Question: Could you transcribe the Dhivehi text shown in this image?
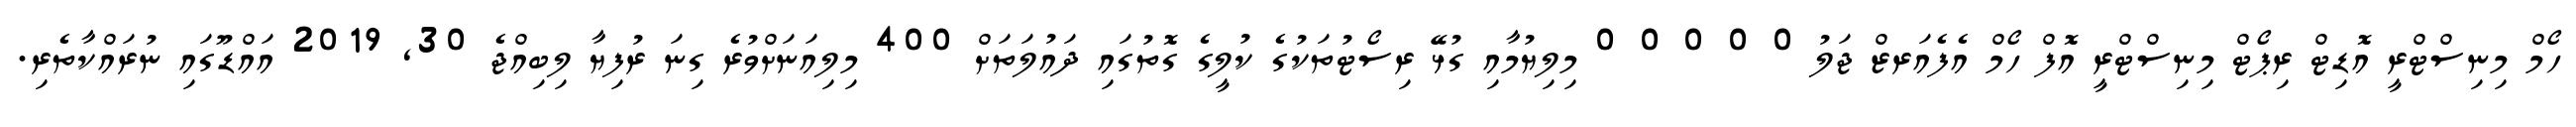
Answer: ހޯމް މިނިސްޓްރީ އޮޑިޓް ރިޕޯޓް މިނިސްޓްރީ އޮފް ހޯމް އެފެއަރޒް ޖަލު 0 0 0 0 0 މިލިޔުމާއި ގުޅޭ ރިސޯޓުތަކުގެ ކުލީގެ ގޮތުގައި ދައުލަތަށް 400 މިލިއަނަށްވުރެ ގިނަ ރުފިޔާ ލިބިއްޖެ 30, 2019 އައްޑޫގައި ނުރައްކާތެރި.